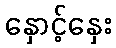
နှောင့်နှေး